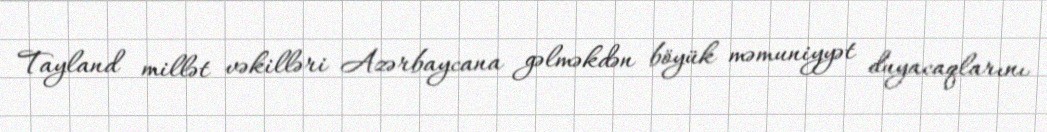
Tayland millət vəkilləri Azərbaycana gəlməkdən böyük məmuniyyət duyacaqlarını